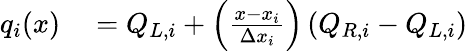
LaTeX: \begin{array}{rl}{q_{i}(x)}&{{}=Q_{L,i}+\left(\frac{x-x_{i}}{\Delta x_{i}}\right)\left(Q_{R,i}-Q_{L,i}\right)}\end{array}